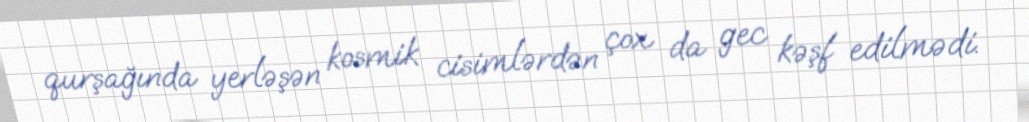
qurşağında yerləşən kosmik cisimlərdən çox da gec kəşf edilmədi.